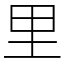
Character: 里